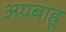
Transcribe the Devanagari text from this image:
अग्रबाहू